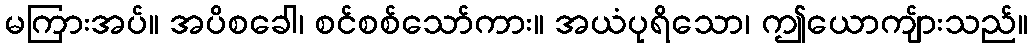
မကြားအပ်။ အပိစခေါ၊ စင်စစ်သော်ကား။ အယံပုရိသော၊ ဤယောကျ်ားသည်။